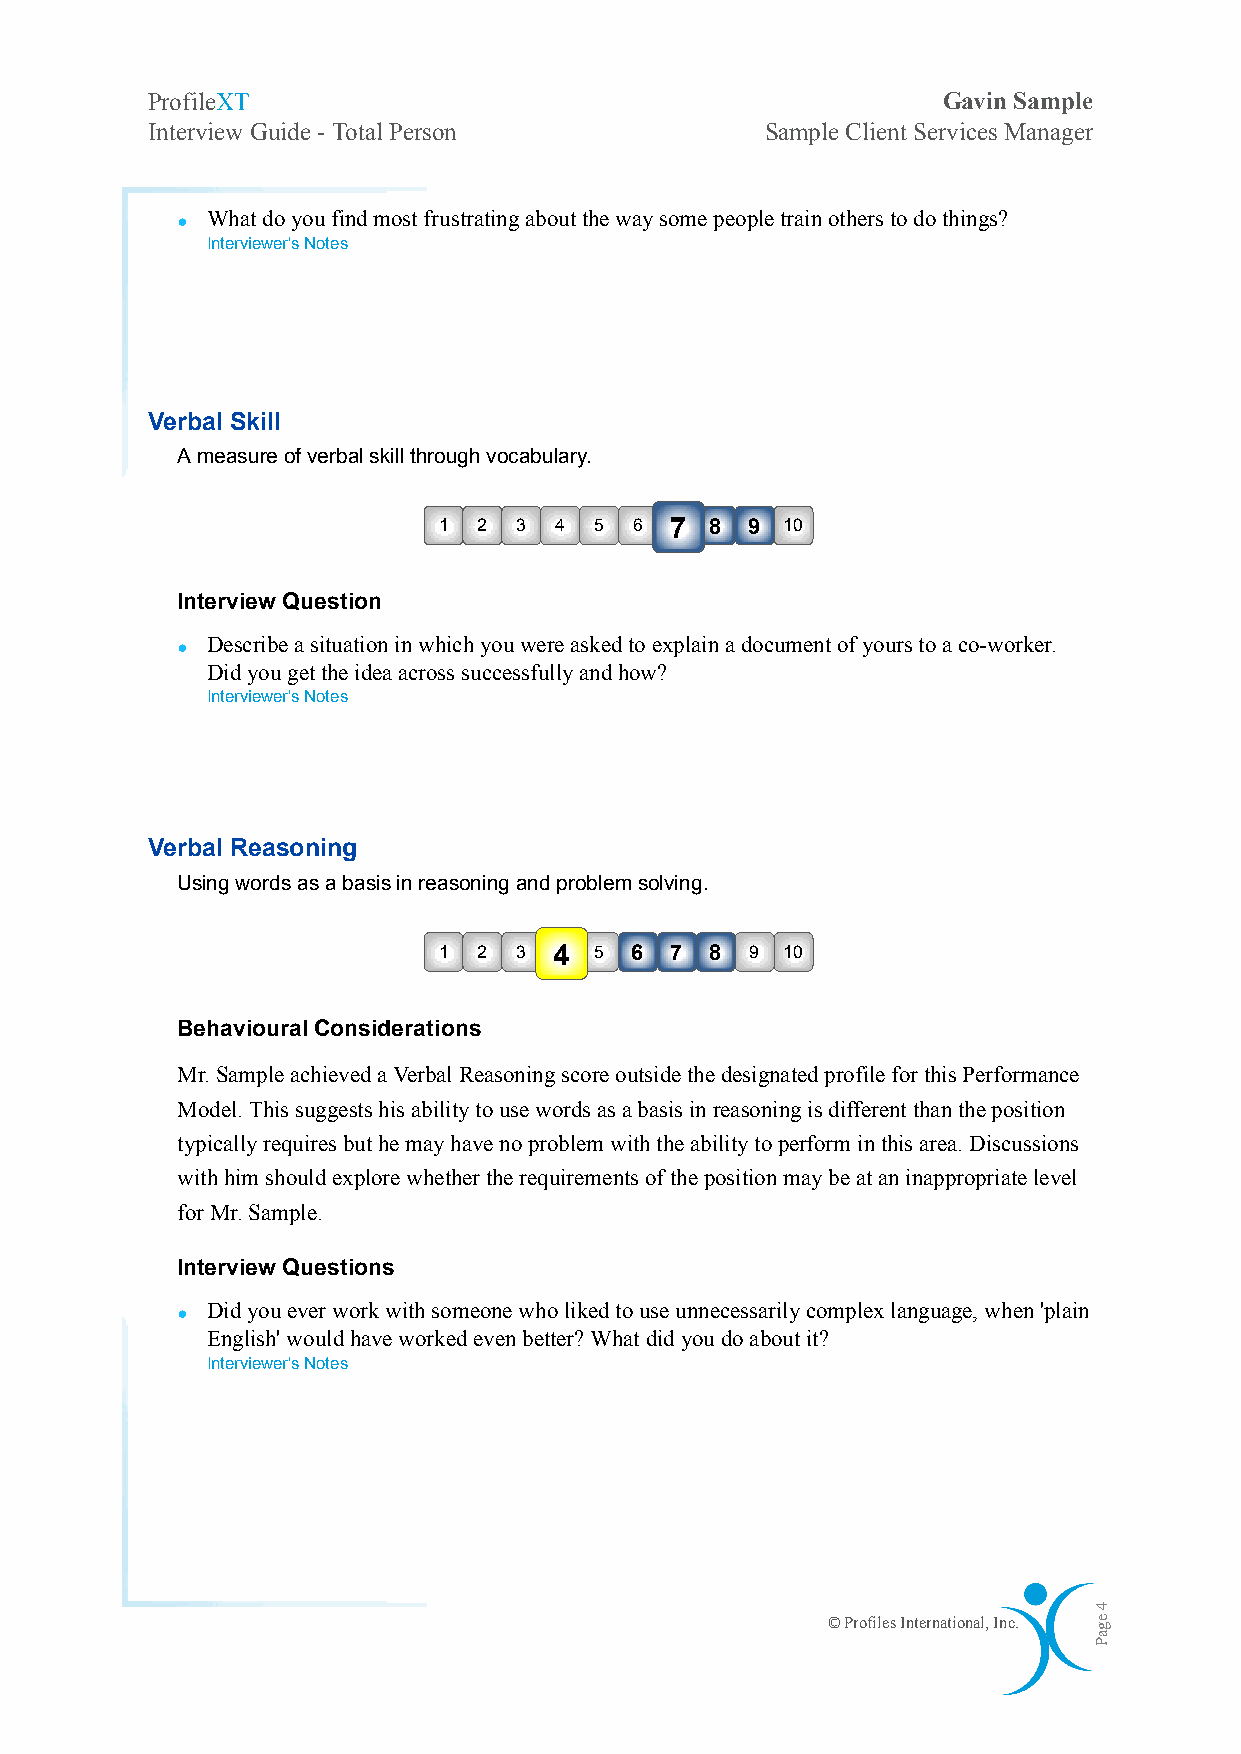
ProfileXT                                           Gavin Sample
 Interview Guide - Total Person           Sample Client Services Manager
 • What do you find most frustrating about the way some people train others to do things?
 Interviewer's Notes
 Verbal Skill
 A measure of verbal skill through vocabulary.
 1  2 3  4 5  6 7  8  9 10
 Interview Question
 • Describe a situation in which you were asked to explain a document of yours to a co-worker.
 Did you get the idea across successfully and how?
 Interviewer's Notes
 Verbal Reasoning
 Using words as a basis in reasoning and problem solving.
 1  2 3  4 5  6 7  8  9 10
 Behavioural Considerations
 Mr. Sample achieved a Verbal Reasoning score outside the designated profile for this Performance
 Model. This suggests his ability to use words as a basis in reasoning is different than the position
 typically requires but he may have no problem with the ability to perform in this area. Discussions
 with him should explore whether the requirements of the position may be at an inappropriate level
 for Mr. Sample.
 Interview Questions
 • Did you ever work with someone who liked to use unnecessarily complex language, when 'plain
 English' would have worked even better? What did you do about it?
 Interviewer's Notes
 © Profiles International, Inc.
 4
 egaP